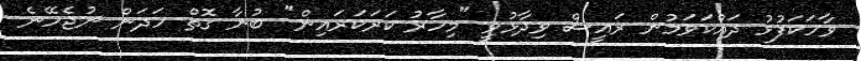
ވާހަކަފުޅު ދައްކަވަމުން ރައީސް ވިދާޅުވީ "މިހާރު ކަރަކަރައިން" ބުނާ ގޮތް ހަދަން ނުޖެހޭނެ